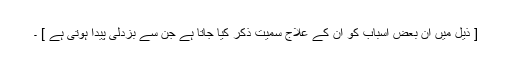
[ ذیل میں ان بعض اسباب کو ان کے علاج سمیت ذکر کیا جاتا ہے جن سے بزدلی پیدا ہوتی ہے ] ۔